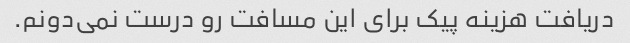
دریافت هزینه پیک برای این مسافت رو درست نمی‌دونم.